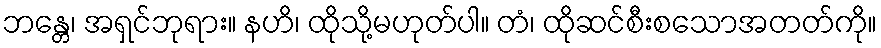
ဘန္တေ၊ အရှင်ဘုရား။ နဟိ၊ ထိုသို့မဟုတ်ပါ။ တံ၊ ထိုဆင်စီးစသောအတတ်ကို။